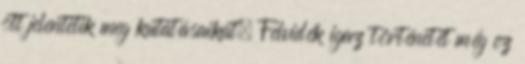
ott jelentetik meg kutatásaikat. Felvidék igaz történetét még ez